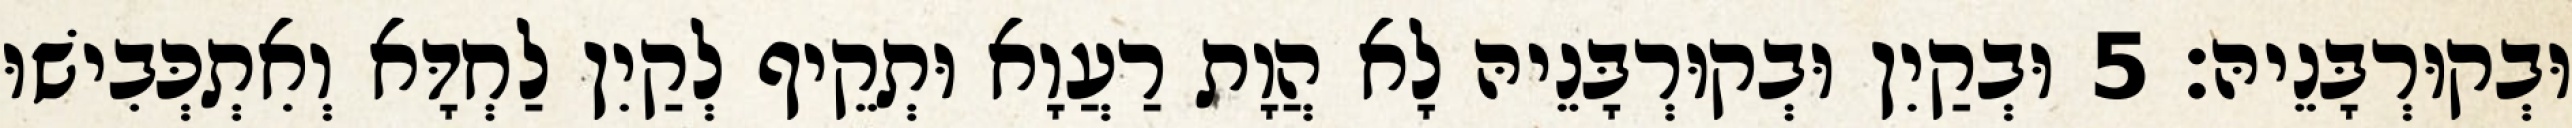
וּבְקוּרְבָּנֵיהּ׃ 5 וּבְקַיִן וּבְקוּרְבָּנֵיהּ לָא הֲוָת רַעֲוָא וּתְקֵיף לְקַיִן לַחְדָּא וְאִתְכְּבִישׁוּ